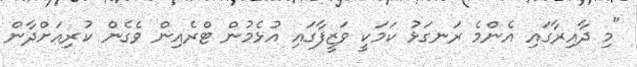
"މި ދާއިރާގައި އެންމެ ރަނގަޅު ކަމަކީ ވަޒީފާގައި އުޅެމުން ޓްރެއިން ވެގެން ކުރިއަށްދާން